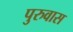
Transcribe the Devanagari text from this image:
पुरुवास